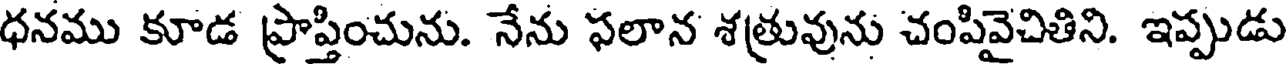
ధనము కూడ ప్రాప్తించును. నేను ఫలాన శత్రువును చంపివైచితిని. ఇప్పుడు